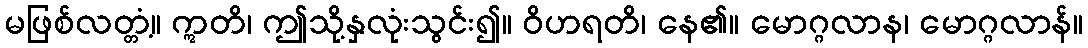
မဖြစ်လတ္တံ့။ ဣတိ၊ ဤသို့နှလုံးသွင်း၍။ ဝိဟရတိ၊ နေ၏။ မောဂ္ဂလာန၊ မောဂ္ဂလာန်။